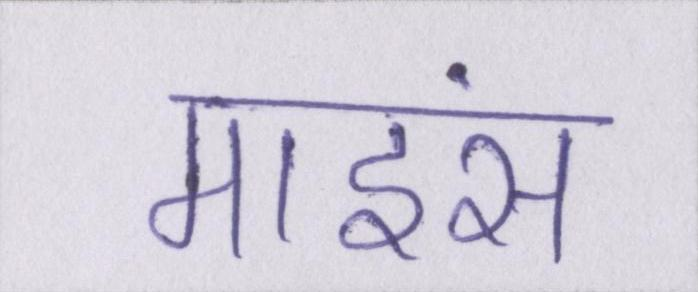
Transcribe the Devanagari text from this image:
माइंस